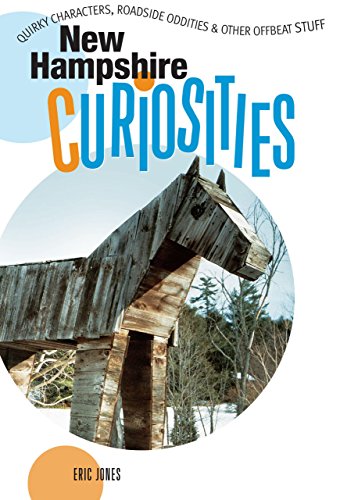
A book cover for New Hampshire Curiosities: Quirky Characters, Roadside Oddities & Other Offbeat Stuff (Curiosities Series); Eric Jones; Travel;